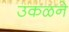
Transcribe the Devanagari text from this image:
उकळने